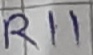
Text: R11